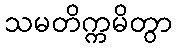
သမတိက္ကမိတွာ